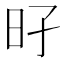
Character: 𰕳